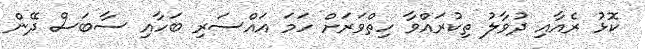
ކޮޅު ރެއާއި ދުވާލު ތިކުރައްވާ ހިތްވަރަށް ހަމަ އައްސަރި ބަހާއި ސާބަސް ދޭން